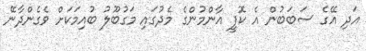
އަދި އޭގެ ސަބަބުން އެ ކޮފީ އާންމުންގެ މެދުގައި މަގުބޫލު ބުއިމަކަށް ވެގެންދާނޭ